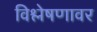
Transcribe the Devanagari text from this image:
विश्लेषणावर